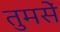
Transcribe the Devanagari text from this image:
तुमसें